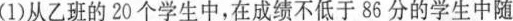
(1)从乙班的20个学生中，在成绩不低于86分的学生中随